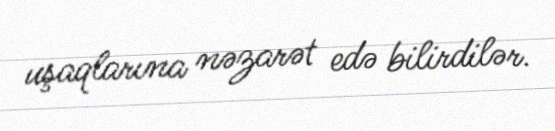
uşaqlarına nəzarət edə bilirdilər.